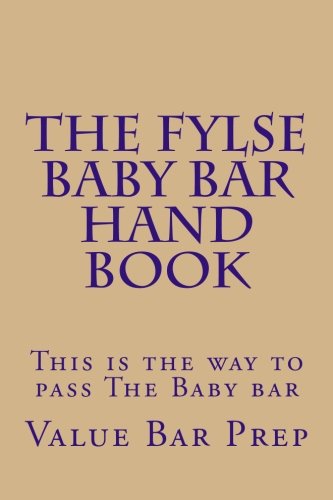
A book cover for The FYLSE BABY BAR HAND BOOK: This is the way to pass; Value Bar Prep; Test Preparation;